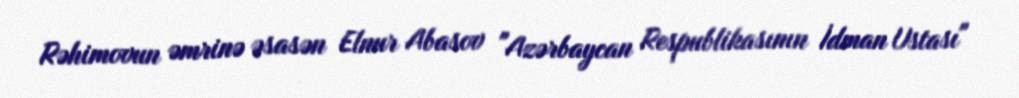
Rəhimovun əmrinə əsasən Elnur Abasov "Azərbaycan Respublikasının İdman Ustası"